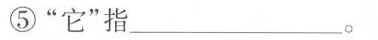
⑤“它”指_________。